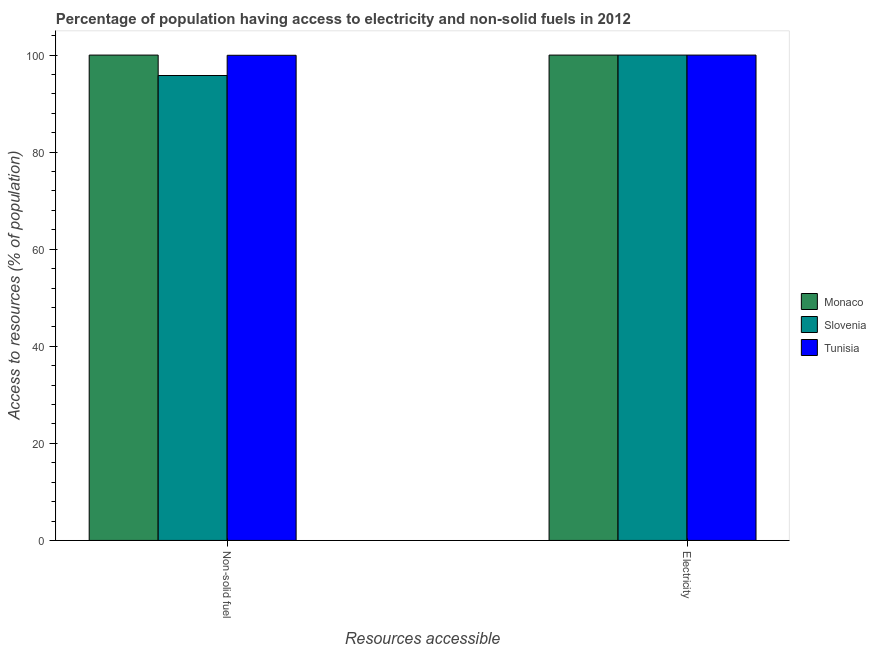
| Resources accessible | Monaco | Slovenia | Tunisia |
 | --- | --- | --- | --- |
 | Non-solid fuel | 100 | 95.8 | 100 |
 | Electricity | 100 | 100 | 100 |